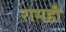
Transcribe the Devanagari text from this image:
रामही